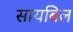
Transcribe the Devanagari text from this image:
सायबिल